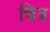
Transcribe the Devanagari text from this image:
चित्र